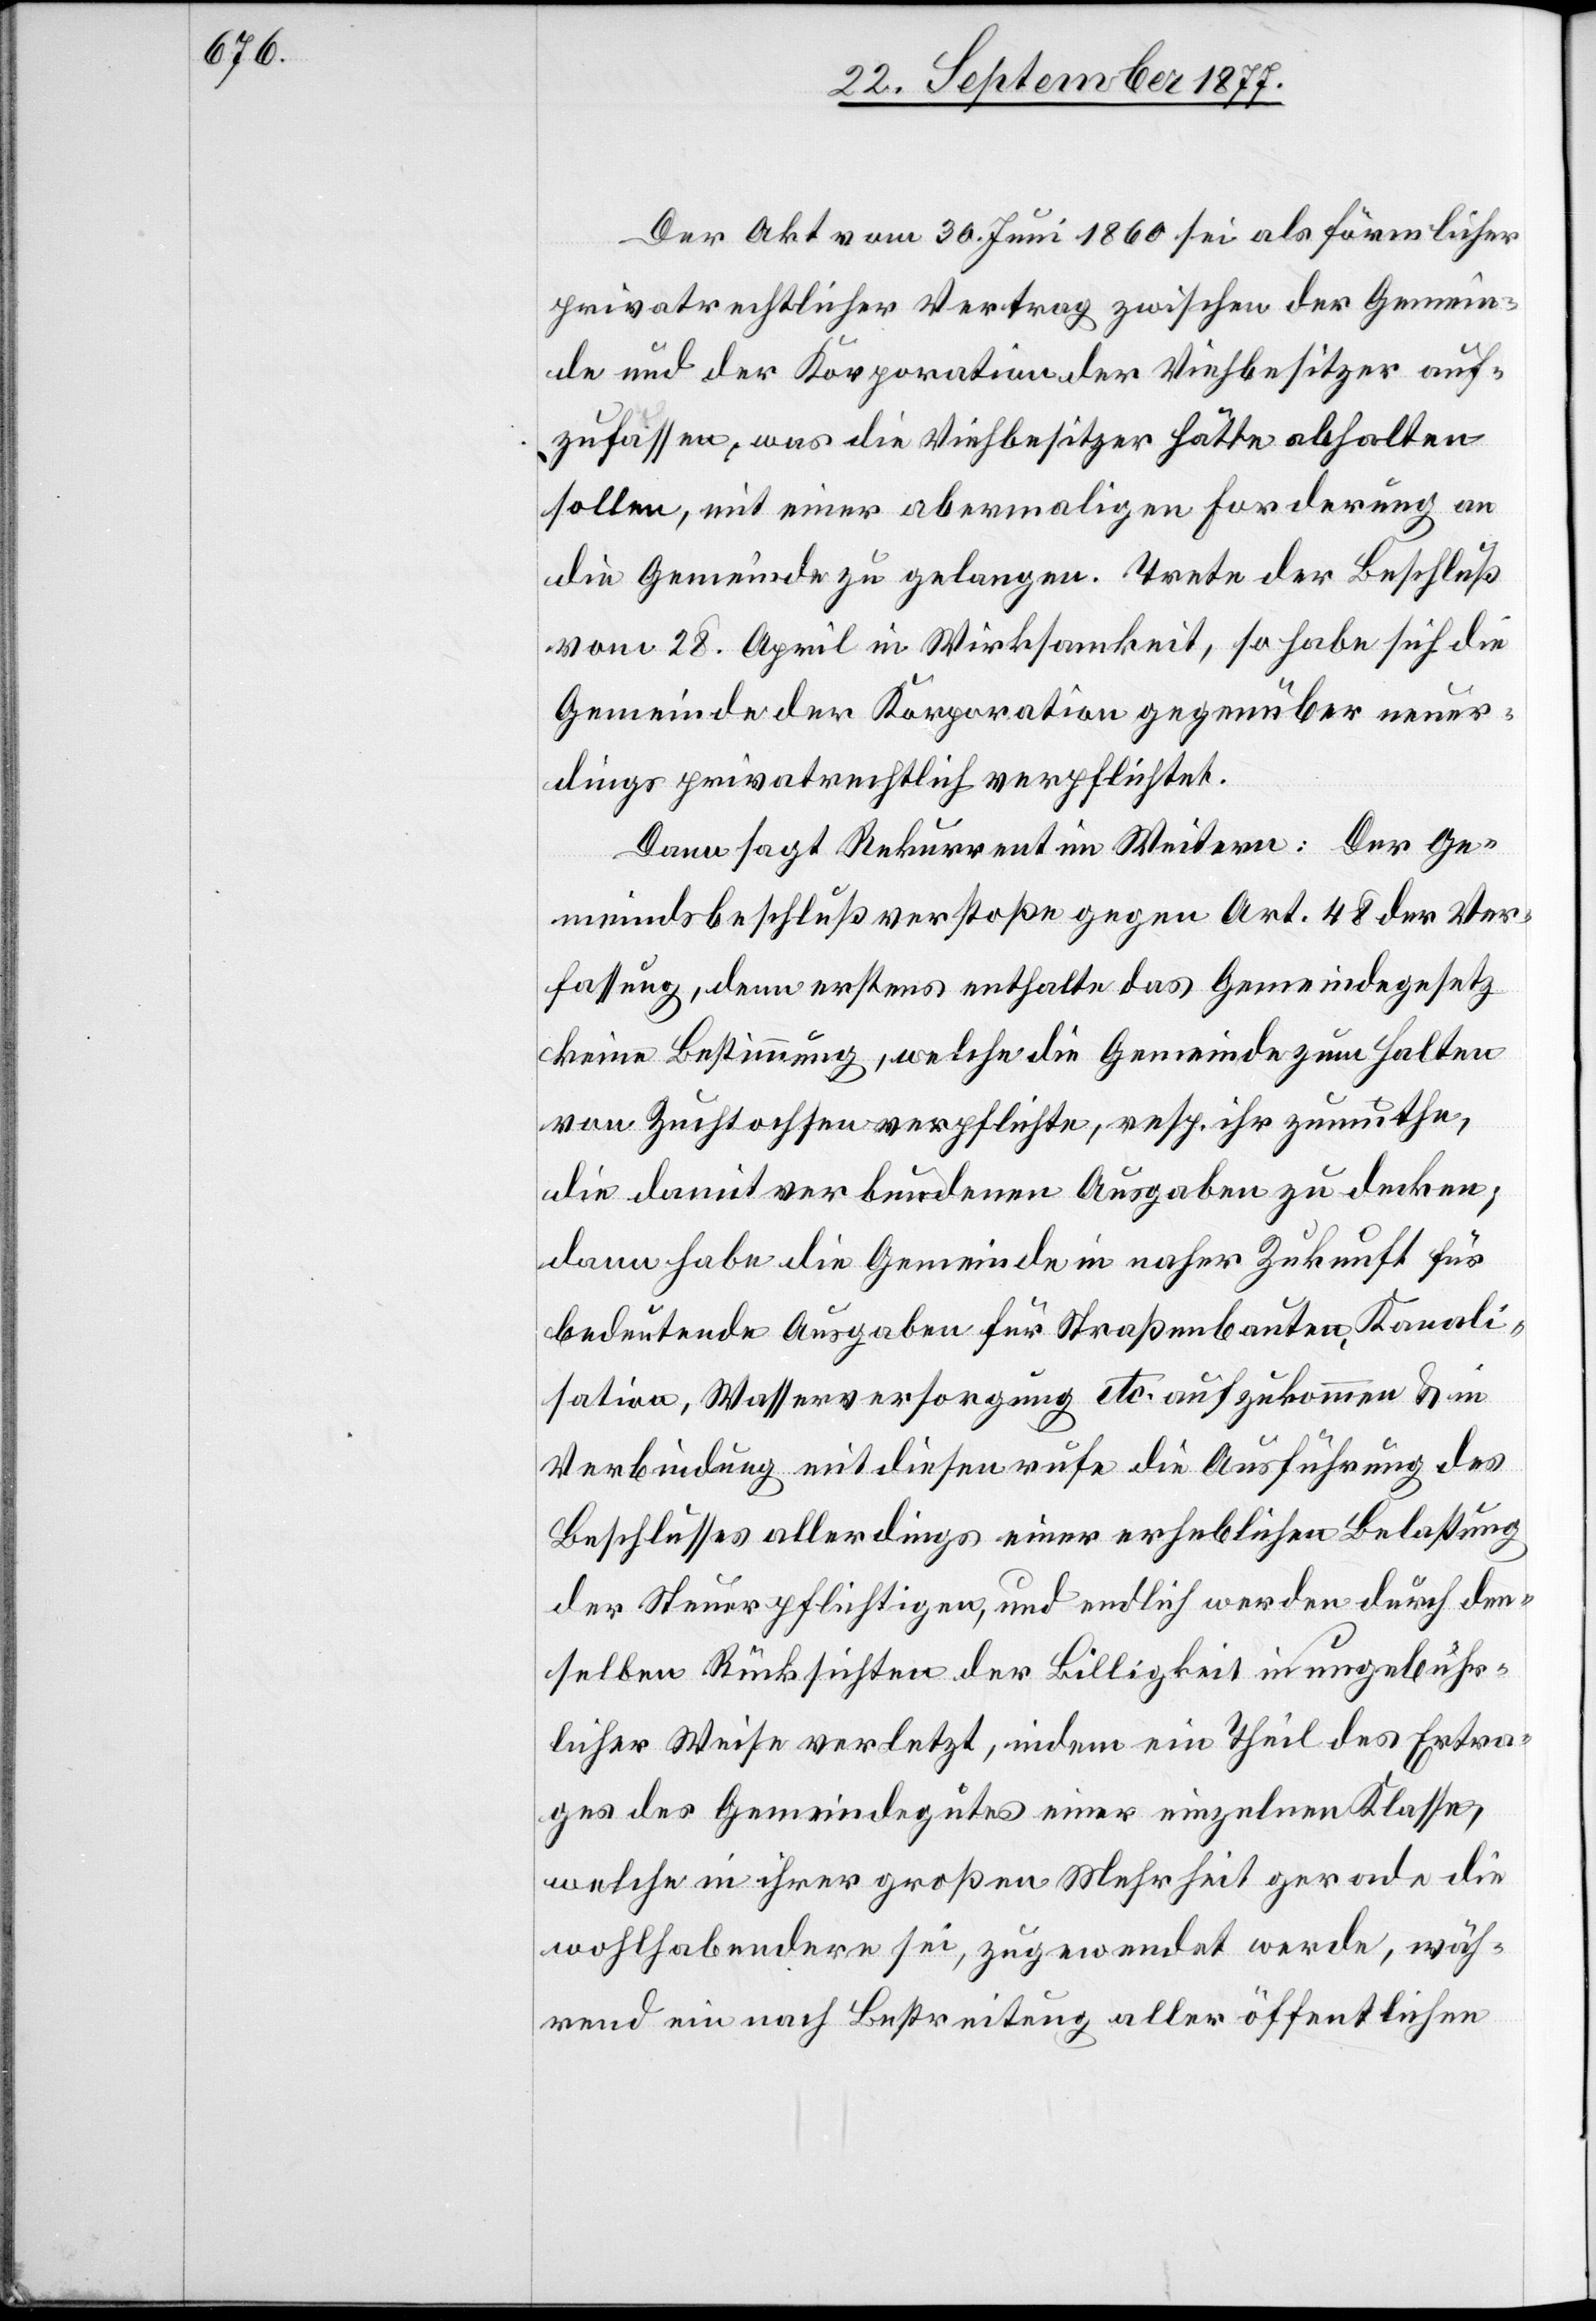
Der Akt vom 30. Juni 1860 sei als förmlicher
privatrechtlicher Vertrag zwischen der Gemein¬
de und der Korporation der Viehbesitzer auf¬
zufassen, was die Viehbesitzer hätte abhalten
sollen, mit einer abermaligen Forderung an
die Gemeinde zu gelangen. Trete der Beschluß
vom 28. April in Wirksamkeit, so habe sich die
Gemeinde der Korporation gegenüber neuer¬
dings privatrechtlich verpflichtet.
Dann sagt Rekurrent im Weitern: Der Ge¬
meindsbeschluß verstoße gegen Art. 48 der Ver¬
fassung, denn erstens enthalte das Gemeindegesetz
keine Bestimmung, welche die Gemeinde zum Halten
von Zuchtochsen verpflichte, resp. ihr zumuthe,
die damit verbundenen Ausgaben zu decken;
dann habe die Gemeinde in naher Zukunft für
bedeutende Ausgaben für Straßenbauten, Kanali¬
sation, Wasserversorgung etc. aufzukommen & in
Verbindung mit diesen rufe die Ausführung des
Beschlusses allerdings einer erheblichen Belastung
der Steuerpflichtigen, und endlich werden durch den¬
selben Rücksichten der Billigkeit in ungebühr¬
licher Weise verletzt, indem ein Theil des Ertra¬
ges des Gemeindegutes einer einzelnen Klasse,
welche in ihrer großen Mehrheit gerade die
wohlhabendere sei, zugewendet werde, wäh¬
rend ein nach Bestreitung aller öffentlichen